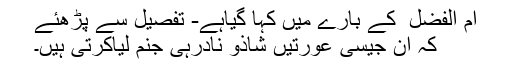
ام الفضل ؓ کے بارے میں کہا گیاہے- تفصیل سے پڑھئے
کہ ان جیسی عورتیں شاذو نادرہی جنم لیاکرتی ہیں۔